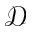
\mathcal { D }